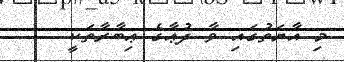
މި އާޔަތުގައި ވާ ދުޢާގެ ޢިބާރާތަކީ